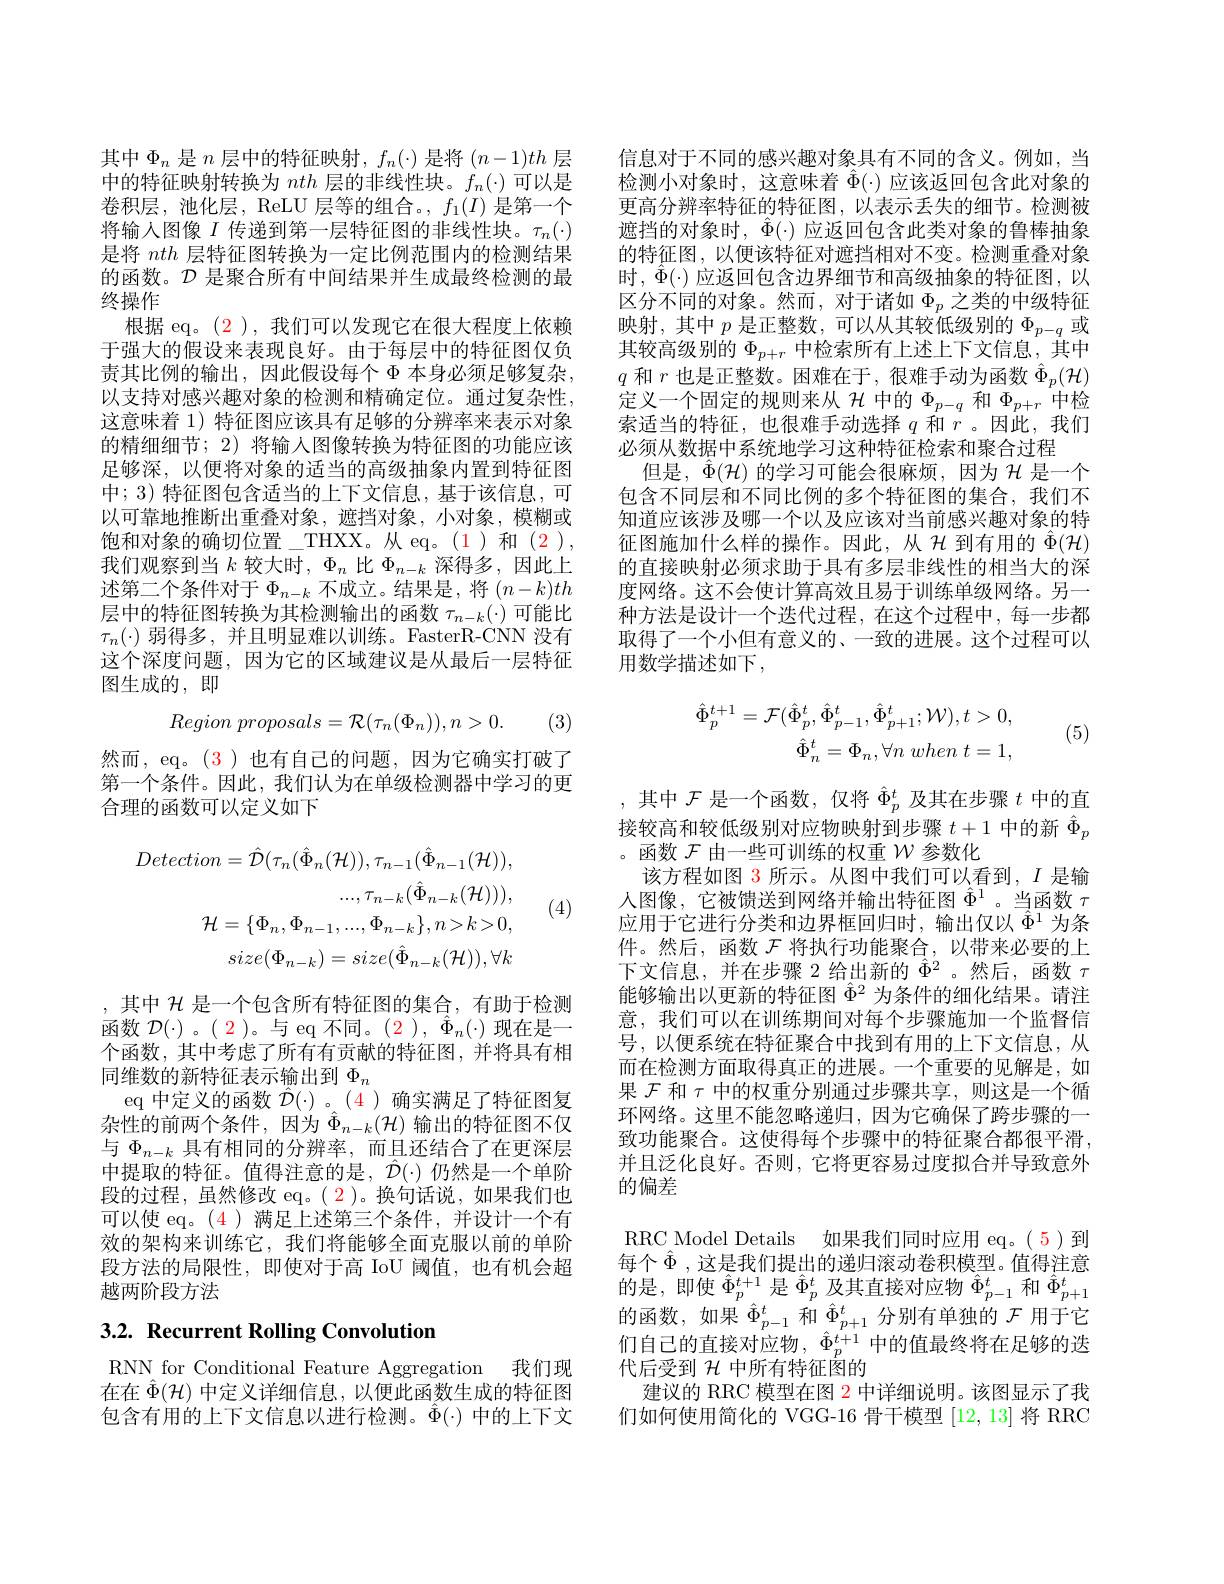
其中$\Phi_n$是$n$层中的特征映射，$f_n(\cdot)$是将$(n-1)th$层中的特征映射转换为nth层的非线性块。$f_n(\cdot)$可以是卷积层，池化层，ReLU 层等的组合。$,f_1(I)$是第一个将输入图像$I$传递到第一层特征图的非线性块。$\tau_n(\cdot)$ 是将nth层特征图转换为一定比例范围内的检测结果的函数。$\mathcal{D}$是聚合所有中间结果并生成最终检测的最终操作
根据 eq。(2), 我们可以发现它在很大程度上依赖于强大的假设来表现良好。由于每层中的特征图仅负责其比例的输出，因此假设每个$\Phi$ 本身必须足够复杂， 以支持对感兴趣对象的检测和精确定位。通过复杂性， 这意味着 1) 特征图应该具有足够的分辨率来表示对象的精细细节；2) 将输入图像转换为特征图的功能应该足够深，以便将对象的适当的高级抽象内置到特征图中；3) 特征图包含适当的上下文信息，基于该信息，可以可靠地推断出重叠对象，遮挡对象，小对象，模糊或饱和对象的确切位置\_THXX。从 eq。(1)和 (2 ), 我们观察到当$k$较大时，$\Phi_n$比$\Phi_n-k$深得多，因此上述第二个条件对于$\Phi_n-k$ 不成立。结果是，将 $(n-k)th$ 层中的特征图转换为其检测输出的函数$\tau_{n-k}(\cdot)$可能比$\tau_n(\cdot)$弱得多，并且明显难以训练。FasterR-CNN 没有这个深度问题，因为它的区域建议是从最后一层特征图生成的，即
$$Region\:proposals=\mathcal{R}(\tau_{n}(\Phi_{n})),n>0.$$
(3)

然而，eq。(3)也有自己的问题，因为它确实打破了第一个条件。因此，我们认为在单级检测器中学习的更合理的函数可以定义如下
$$Detection=\hat{\mathcal{D}}(\tau_{n}(\hat{\Phi}_{n}(\mathcal{H})),\tau_{n-1}(\hat{\Phi}_{n-1}(\mathcal{H})),\\...,\tau_{n-k}(\hat{\Phi}_{n-k}(\mathcal{H}))),\\\mathcal{H}=\{\Phi_{n},\Phi_{n-1},...,\Phi_{n-k}\},n>k>0,\\size(\Phi_{n-k})=size(\hat{\Phi}_{n-k}(\mathcal{H})),\forall k$$
(4)

,其中$\mathcal{H}$是一个包含所有特征图的集合，有助于检测函数$\mathcal{D}(\cdot)$。( 2)。与 eq 不同。(2 ), $\hat{\Phi}_n(\cdot)$现在是一个函数，其中考虑了所有有贡献的特征图，并将具有相同维数的新特征表示输出到$\Phi_n$
eq 中定义的函数$\hat{\mathcal{D}}(\cdot)$ 。(4)确实满足了特征图复杂性的前两个条件，因为$\hat{\Phi}_{n-k}(\mathcal{H})$输出的特征图不仅与$\Phi_{n-k}$具有相同的分辨率，而且还结合了在更深层中提取的特征。值得注意的是，$\hat{\mathcal{D}}(\cdot)$仍然是一个单阶段的过程，虽然修改 eq。( 2 )。换句话说，如果我们也可以使 eq。(4) 满足上述第三个条件，并设计一个有效的架构来训练它，我们将能够全面克服以前的单阶段方法的局限性，即使对于高 IoU 阈值，也有机会超越两阶段方法

## $3. 2. \textbf{ Recurrent Rolling Convolution}$

RNN for Conditional Feature Aggregation 我们现在在$\hat{\Phi}(\mathcal{H})$中定义详细信息，以便此函数生成的特征图包含有用的上下文信息以进行检测。$\ddot{\Phi}(\cdot)$中的上下文

信息对于不同的感兴趣对象具有不同的含义。例如，当检测小对象时，这意味着$\hat{\Phi}(\cdot)$应该返回包含此对象的更高分辨率特征的特征图，以表示丢失的细节。检测被遮挡的对象时，$\Phi(\cdot)$应返回包含此类对象的鲁棒抽象的特征图，以便该特征对遮挡相对不变。检测重叠对象时，$\ddot{\Phi}(\cdot)$应返回包含边界细节和高级抽象的特征图，以区分不同的对象。然而，对于诸如$\Phi_p$之类的中级特征映射，其中$p$是正整数，可以从其较低级别的$\Phi_p-q$或其较高级别的$\Phi_{p+r}$中检索所有上述上下文信息，其中$q$和$r$也是正整数。困难在于，很难手动为函数$\hat{\Phi}_p(\mathcal{H})$ 定义一个固定的规则来从$\mathcal{H}$中的$\Phi_p-q$和$\Phi_{p+r}$中检索适当的特征，也很难手动选择$q$和$r$ 。因此，我们必须从数据中系统地学习这种特征检索和聚合过程
但是，$\hat{\Phi}(\mathcal{H})$ 的学习可能会很麻烦，因为$\mathcal{H}$ 是一个包含不同层和不同比例的多个特征图的集合，我们不知道应该涉及哪一个以及应该对当前感兴趣对象的特征图施加什么样的操作。因此，从$\mathcal{H}$ 到有用的 $\hat{\Phi}(\mathcal{H})$ 的直接映射必须求助于具有多层非线性的相当大的深度网络。这不会使计算高效且易于训练单级网络。另一种方法是设计一个迭代过程，在这个过程中，每一步都取得了一个小但有意义的、一致的进展。这个过程可以用数学描述如下，
$$\hat{\Phi}_{p}^{t+1}=\mathcal{F}(\hat{\Phi}_{p}^{t},\hat{\Phi}_{p-1}^{t},\hat{\Phi}_{p+1}^{t};\mathcal{W}),t>0,\\\hat{\Phi}_{n}^{t}=\Phi_{n},\forall n\:when\:t=1,$$
(5)

,其中$\mathcal{F}$是一个函数，仅将$\hat{\Phi}_p^t$及其在步骤$t$中的直接较高和较低级别对应物映射到步骤$t+1$中的新$\hat{\Phi}_p$ 。函数$\mathcal{F}$由一些可训练的权重$\mathcal{W}$参数化
该方程如图 3 所示。从图中我们可以看到，$I$是输人图像，它被馈送到网络并输出特征图$\hat{\Phi}^1$。当函数$\tau$ 应用于它进行分类和边界框回归时，输出仅以$\hat{\Phi}^1$为条件。然后，函数$\mathcal{F}$将执行功能聚合，以带来必要的上下文信息，并在步骤 2 给出新的$\hat{\Phi}^2$ 。然后，函数$\tau$ 能够输出以更新的特征图$\hat{\Phi}^2$为条件的细化结果。请注意，我们可以在训练期间对每个步骤施加一个监督信号，以便系统在特征聚合中找到有用的上下文信息，从而在检测方面取得真正的进展。一个重要的见解是，如果$\mathcal{F}$和$\tau$中的权重分别通过步骤共享，则这是一个循环网络。这里不能忽略递归，因为它确保了跨步骤的一致功能聚合。这使得每个步骤中的特征聚合都很平滑并且泛化良好。否则，它将更容易过度拟合并导致意外的偏差
RRC Model Details 如果我们同时应用 eq。( 5)到每个$\hat{\Phi}$,这是我们提出的递归滚动卷积模型。值得注意$\vec{\text{的是，即使 }\hat{\Phi}}_{p}^{t+1}$是$\hat{\Phi}_{p}^{t}$及其直接对应物$\hat{\Phi}_{p-1}^{t}$和$\hat{\Phi}_{p+1}^{t}$ 的函数，如果$\hat{\Phi}_{p-1}^t$和$\hat{\Phi}_{p+1}^t$分别有单独的$\mathcal{F}$用于它们自己的直接对应物，$\hat{\hat{\Phi}}_p^{t+1}$中的值最终将在足够的迭代后受到$\mathcal{H}$中所有特征图的
建议的 RRC 模型在图 2 中详细说明。该图显示了我们如何使用简化的 VGG-16 骨干模型[12,13]将 RRC